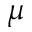
\boldsymbol { \mu }